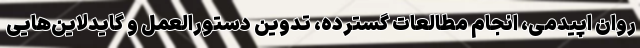
روان اپیدمی، انجام مطالعات گسترده، تدوین دستورالعمل و گایدلاین‌هایی